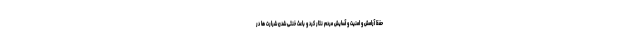
حفظ آرامش و امنیت و آسایش مردم نثار کرد و باعث خنثی شدن شرارت ها در